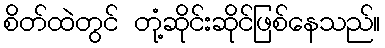
စိတ်ထဲတွင် တုံ့ဆိုင်းဆိုင်ဖြစ်နေသည်။